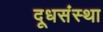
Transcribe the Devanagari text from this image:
दूधसंस्था